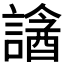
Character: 𧫧